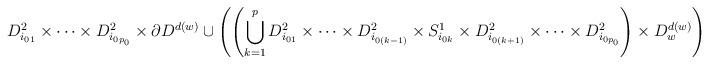
LaTeX: \begin{align*}D_{i_{01}}^2\times\cdots\times D_{i_{0p_0}}^2\times\partial D^{d(w)}\cup\left(\left(\bigcup\limits_{k = 1}^p D_{i_{01}}^2\times\cdots\times D_{i_{0(k-1)}}^2\times S_{i_{0k}}^1\times D_{i_{0(k+1)}}^2 \times\cdots\times D_{i_{0p_0}}^2\right)\times D_{w}^{d(w)}\right).\end{align*}